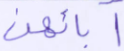
آبائهن